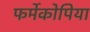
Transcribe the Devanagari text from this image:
फर्मेकोपिया